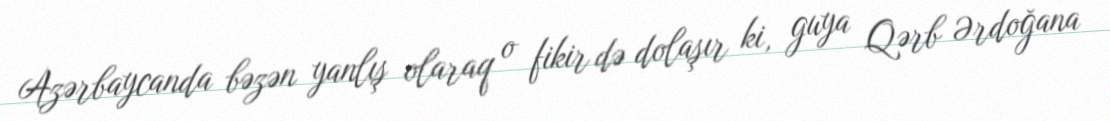
Azərbaycanda bəzən yanlış olaraq o fikir də dolaşır ki, guya Qərb Ərdoğana